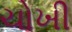
ચોખી